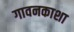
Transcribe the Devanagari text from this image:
गावनकाशा